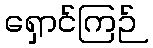
ရှောင်ကြဉ်